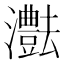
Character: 𤄝